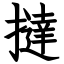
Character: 撻